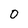
Character: 0